Sanitation, dispensaries and jails vaccination Rajputana 1922-1927 - 1922-1927
Year: 1922
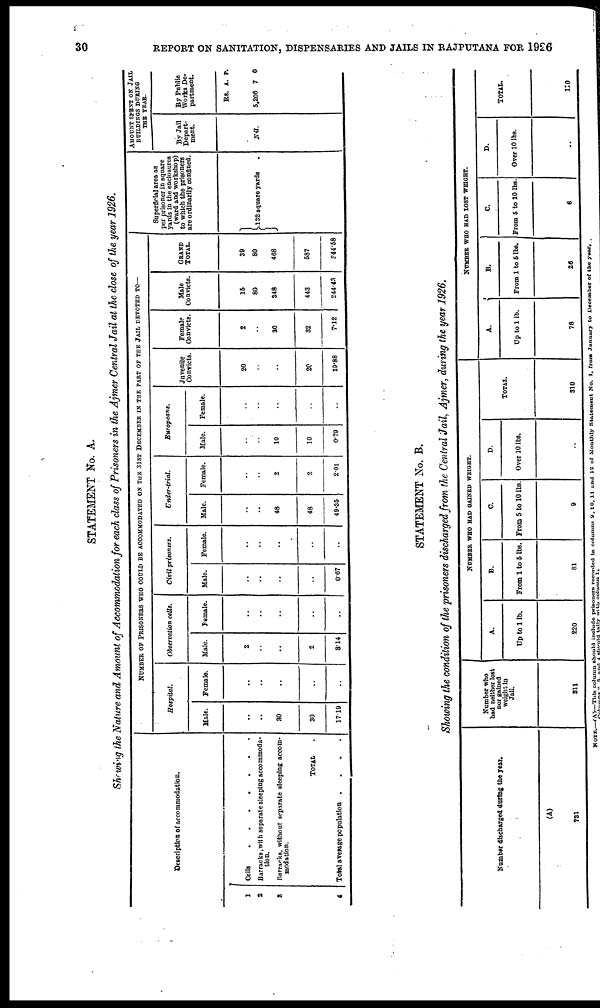
30
REPORT ON SANITATION, DISPENSARIES AND JAILS IN RAJPUTANA FOR 1926
STATEMENT No. A.
Showing the Nature and Amount of Accommodation for each class of Prisoners in the Ajmer Central Jail at the close of the year 1926.
Description of accommodation.
1
2
3
4
Cells . . . . . . .
Barracks, with separate sleeping accommoda-
tion.
Rarracks, without separate sleeping accom-
modation.
TOTAL .
Total average population
.
.
.
.
NUMBER OF PRISONERS WHO COULD BE ACCOMMODATED ON THE 31ST DECEMBER IN THE PART OF THE JAIL DEVOTED TO—
Hospital.
Male.
..
..
30
30
17.19
Female.
..
..
..
..
..
Observation cells.
Male.
2
..
..
2
3.14
Female.
..
..
..
..
..
Civil prisoners.
Male.
..
..
..
..
0.67
Female.
..
..
..
..
..
Under-trial.
Male.
..
..
48
48
49.35
Female.
..
..
2
2
2.01
Europeans.
Male.
..
..
10
10
0.79
Female.
..
..
..
..
..
Juvenile
Convicts.
20
..
..
20
19.88
Female
Convicts.
2
..
30
32
7.12
Male
Convicts.
15
80
348
443
244.43
GRAND
TOTAL.
39
80
468
587
344.58
Superficial area as
per prisoner in square
yards in the enclosures
(ward and workshop)
to which the prisoners
are ordinarily confined.
132 square yards .
AMOUNT SPENT ON JAIL
BUILDINGS DURING
THE YEAR.
By Jail
Depart-
ment.
Nil.
By Public
Works De-
partment.
Rs.
5,200
A.
7
P.
0
STATEMENT No. B.
Showing the condition of the prisoners discharged from the Central Jail, Ajmer, during the year 1926.
Number discharged during the year.
(A)
731
Number who
had neither lost
nor gained
weight in
Jail.
311
NUMBER WHO HAD GAINED WEIGHT.
A.
Up to 1 lb.
220
B.
From 1 to 6 lbs.
81
C.
From 5 to 10 lbs.
9
D.
Over 10 lbs.
..
TOTAL.
310
NUMBER WHO HAD LOST WEIGHT.
A.
Up to 1 lb.
78
B.
From 1 to 5 lbs.
20
C.
From 5 to 10 lbs.
6
D.
Over 10 lbs.
..
TOTAL.
110
NOTE.—(A)—This column should include prisoners recorded in columns 9,10, 11 and 12 of Monthly Statement No. 1, from January to December of the year.
Columns 2, 3 and 4 should tally with column 1.